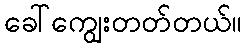
ခေါ်ကျွေးတတ်တယ်။